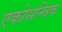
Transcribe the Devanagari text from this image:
एकोसन्त्रिक